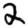
Digit: 2